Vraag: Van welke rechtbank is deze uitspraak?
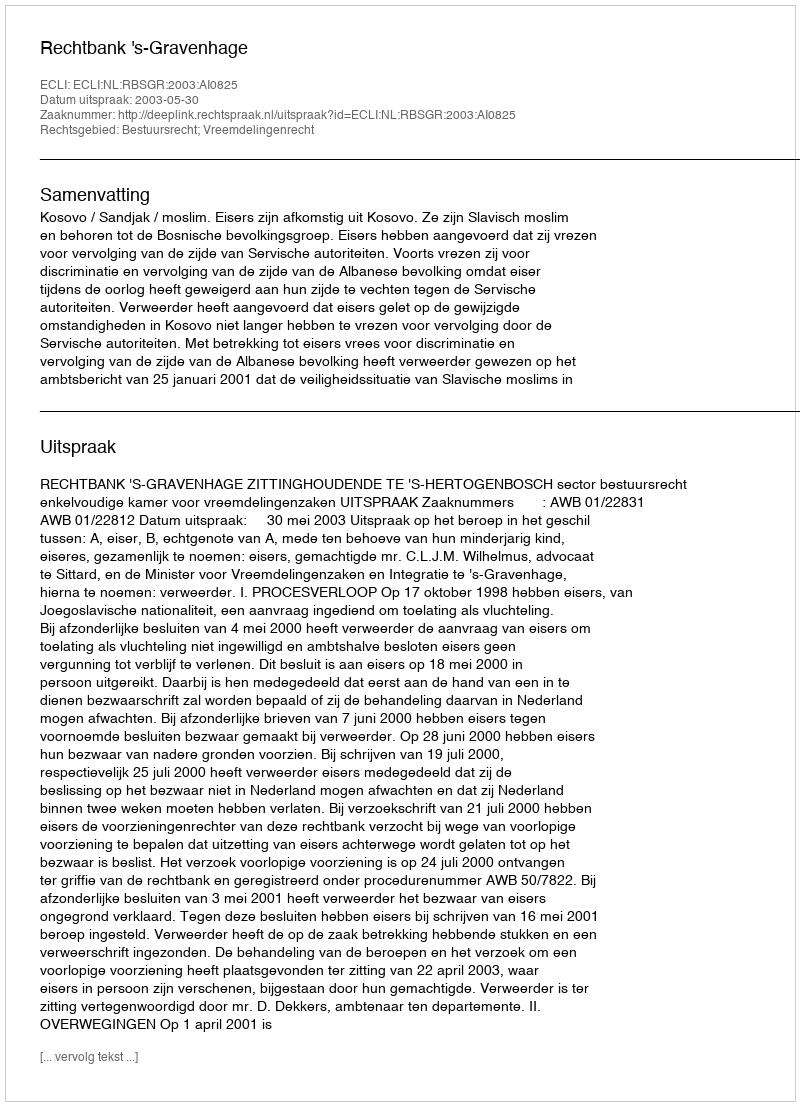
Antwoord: Rechtbank 's-Gravenhage